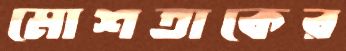
মোশতাকের